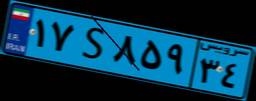
۵۳S۵۱۸۱۷